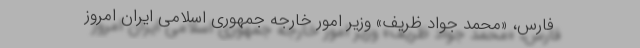
فارس، «محمد جواد ظریف» وزیر امور خارجه جمهوری اسلامی ایران امروز